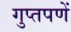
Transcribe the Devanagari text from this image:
गुप्‍तपणें